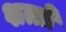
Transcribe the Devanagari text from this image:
शत्तो